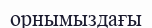
орнымыздағы